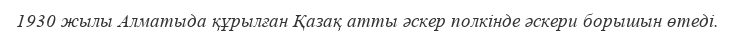
1930 жылы Алматыда құрылған Қазақ атты әскер полкінде әскери борышын өтеді.